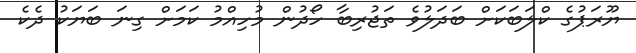
ޔޫރަޕުގެ ކްލަބަކަށް ބަދަލުވެ ތަޖުރިބާ ހޯދުން މުހިއްމު ކަމަށް ގިނަ ބަޔަކު ދެކެ